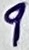
Text: 9